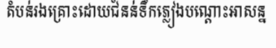
តំបន់រងគ្រោះដោយជំនន់ទឹកភ្លៀងបណ្តោះអាសន្ន